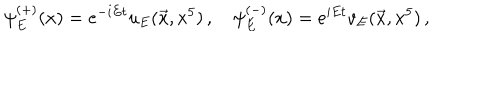
\psi _ { E } ^ { ( + ) } ( x ) = e ^ { - i E t } u _ { E } ( \vec { x } , x ^ { 5 } ) \, , \quad \psi _ { E } ^ { ( - ) } ( x ) = e ^ { i E t } v _ { E } ( \vec { x } , x ^ { 5 } ) \, ,